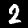
Digit: 2